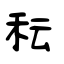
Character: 秐